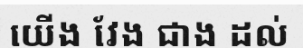
យើង វែង ជាង ដល់